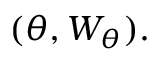
( \theta , W _ { \theta } ) .